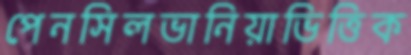
পেনসিলভানিয়াভিত্তিক